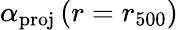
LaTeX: \alpha_{\mathrm{proj}}\, (r=r_{500})